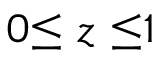
0 { \le } ~ z ~ { \le } 1